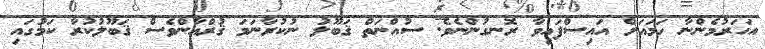
އަހަރުމެންނާ ހަމައަށް އައިސްފައިވާ ރޮނގުންނެވެ. ސުއްނަތް ޤަބޫލު ނުކުރާނަމަ ޤުރްއާންވެސް ޤަބޫލުކުރާ ކަމުގައި